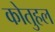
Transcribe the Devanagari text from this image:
कोतुहल